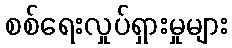
စစ်ရေးလှုပ်ရှားမှုများ